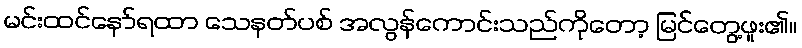
မင်းထင်နော်ရထာ သေနတ်ပစ် အလွန်ကောင်းသည်ကိုတော့ မြင်တွေ့ဖူး၏။